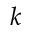
k